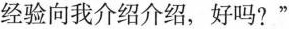
经验向我介绍介绍，好吗？”